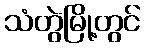
သံတွဲမြို့တွင်